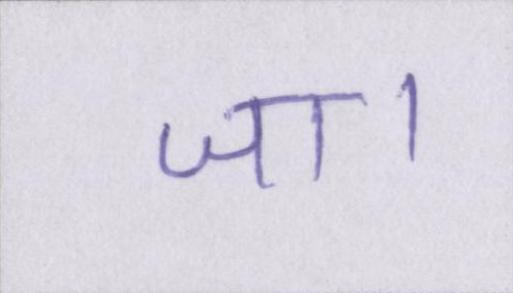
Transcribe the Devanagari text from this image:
जा।